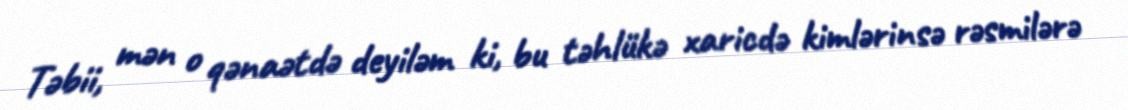
Təbii, mən o qənaətdə deyiləm ki, bu təhlükə xaricdə kimlərinsə rəsmilərə